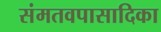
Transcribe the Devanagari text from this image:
संमतवपासादिका